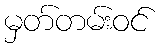
မှတ်တမ်းဝင်